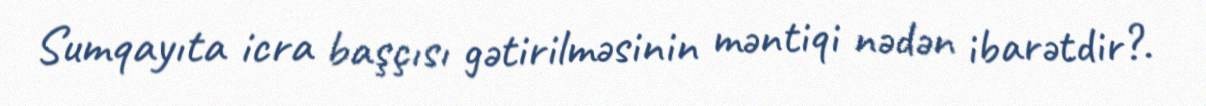
Sumqayıta icra başçısı gətirilməsinin məntiqi nədən ibarətdir?.